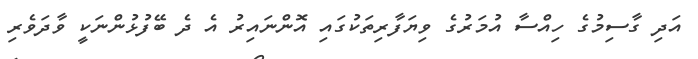
އަދި ގާސިމުގެ ހިއްސާ އުމަރުގެ ވިޔަފާރިތަކުގައި އޮންނައިރު އެ ދެ ބޭފުޅުންނަކީ ވާދަވެރި